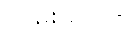
လမ်းများကို